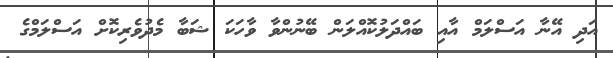
އަދި އޭނާ އަސްލަމް އާއި ބައްދަލުކޮއްލަން ބޭނުންވާ ވާހަކަ ޝަބާ މެދުވެރިކޮށް އަސްލަމްގެ